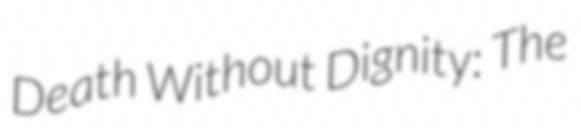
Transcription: Death Without Dignity: The